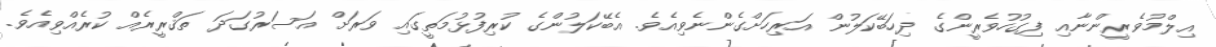
އިލްމުވެރީންނާއި ފިގުހުވެރީންގެ ދިހަބޭކަލުން އަރިހަށްގެންނެވިއެވެ. އެބޭކަލުންގެ ކުރިފުޅުމަތީގައި ވަރަށް އަސަރުގަދަ ތަޤްރީރެއް ކުރެއްވިއެވެ.